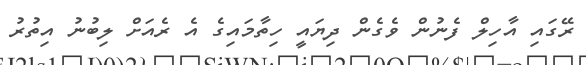
ރޭގައި އާހިލް ފެނުން ވެގެން ދިޔައީ ހިތާމައިގެ އެ ރެއަށް ލިބުނު އިތުރު